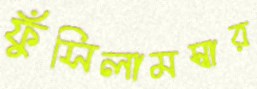
ফুঁসিলামস্বার